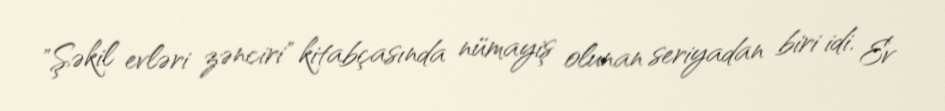
"Şəkil evləri zənciri" kitabçasında nümayiş olunan seriyadan biri idi. Ev